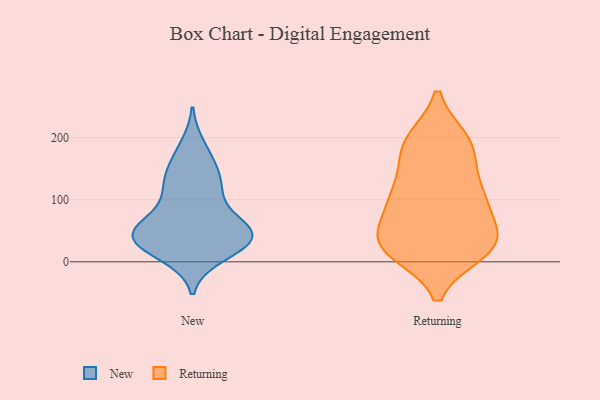
{"axis": {"x": "Demand Index", "y": "Value"}, "legend": ["New", "Returning"], "data": [{"x": "", "y": 41, "type": "New"}, {"x": "", "y": 27, "type": "New"}, {"x": "", "y": 12, "type": "New"}, {"x": "", "y": 38, "type": "New"}, {"x": "", "y": 161, "type": "New"}, {"x": "", "y": 24, "type": "New"}, {"x": "", "y": 49, "type": "New"}, {"x": "", "y": 113, "type": "New"}, {"x": "", "y": 56, "type": "New"}, {"x": "", "y": 113, "type": "New"}, {"x": "", "y": 185, "type": "New"}, {"x": "", "y": 125, "type": "New"}, {"x": "", "y": 36, "type": "New"}, {"x": "", "y": 63, "type": "New"}, {"x": "", "y": 142, "type": "New"}, {"x": "", "y": 53, "type": "New"}, {"x": "", "y": 43, "type": "New"}, {"x": "", "y": 31, "type": "Returning"}, {"x": "", "y": 17, "type": "Returning"}, {"x": "", "y": 17, "type": "Returning"}, {"x": "", "y": 49, "type": "Returning"}, {"x": "", "y": 184, "type": "Returning"}, {"x": "", "y": 105, "type": "Returning"}, {"x": "", "y": 27, "type": "Returning"}, {"x": "", "y": 154, "type": "Returning"}, {"x": "", "y": 109, "type": "Returning"}, {"x": "", "y": 194, "type": "Returning"}, {"x": "", "y": 33, "type": "Returning"}, {"x": "", "y": 31, "type": "Returning"}, {"x": "", "y": 32, "type": "Returning"}, {"x": "", "y": 96, "type": "Returning"}, {"x": "", "y": 190, "type": "Returning"}, {"x": "", "y": 195, "type": "Returning"}, {"x": "", "y": 103, "type": "Returning"}, {"x": "", "y": 102, "type": "Returning"}]}